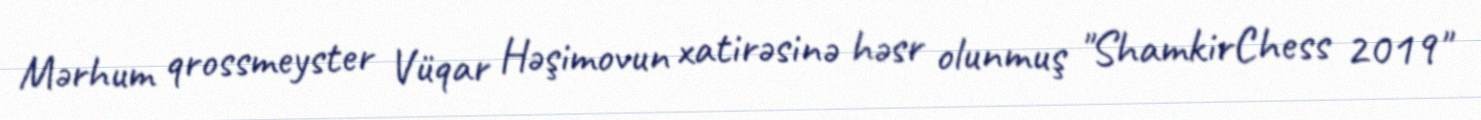
Mərhum qrossmeyster Vüqar Həşimovun xatirəsinə həsr olunmuş "ShamkirChess 2019"